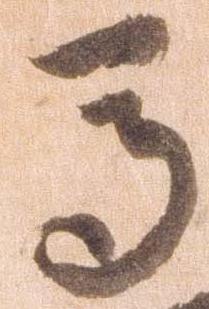
馬